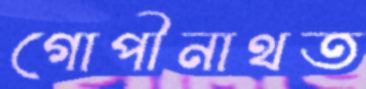
গোপীনাথত